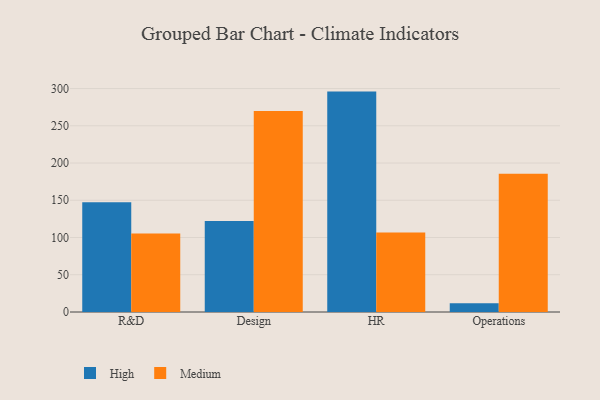
{"axis": {"x": "Department", "y": "Budget (USD K)"}, "legend": ["High", "Medium"], "data": [{"x": "R&D", "y": 147.3, "type": "High"}, {"x": "R&D", "y": 105.4, "type": "Medium"}, {"x": "Design", "y": 122.1, "type": "High"}, {"x": "Design", "y": 269.9, "type": "Medium"}, {"x": "HR", "y": 295.9, "type": "High"}, {"x": "HR", "y": 106.7, "type": "Medium"}, {"x": "Operations", "y": 11.6, "type": "High"}, {"x": "Operations", "y": 185.6, "type": "Medium"}]}